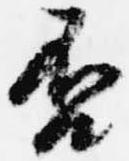
否